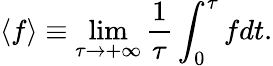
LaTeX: \left<f\right>\equiv\operatorname*{lim}_{\tau\to+\infty}\frac{1}{\tau}\int_{0}^{\tau}fdt.